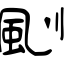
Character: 颲